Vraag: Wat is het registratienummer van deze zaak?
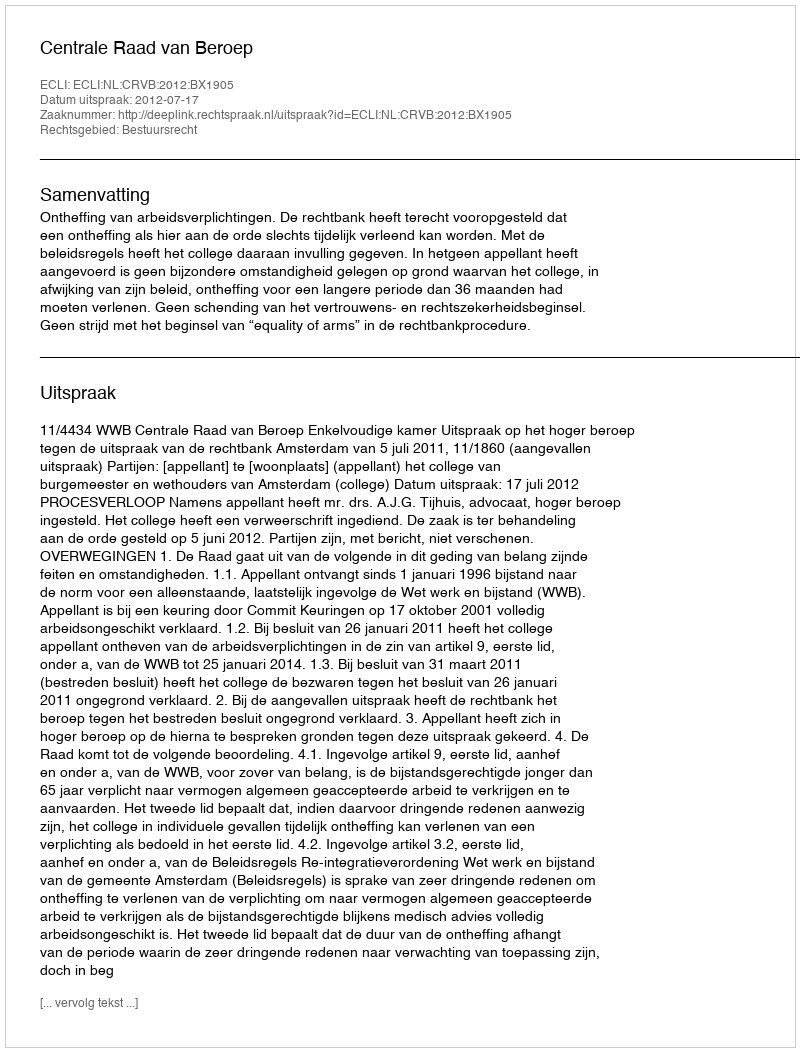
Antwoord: http://deeplink.rechtspraak.nl/uitspraak?id=ECLI:NL:CRVB:2012:BX1905